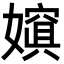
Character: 𡢌